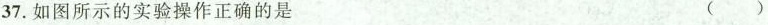
37.如图所示的实验操作正确的是 ( )